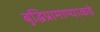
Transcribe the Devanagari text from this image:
बुद्धिप्रामाण्याकडे